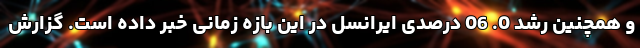
و همچنین رشد 0. 06 درصدی ایرانسل در این بازه زمانی خبر داده است. گزارش